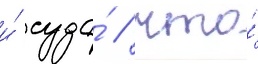
и́ суда́ / что́